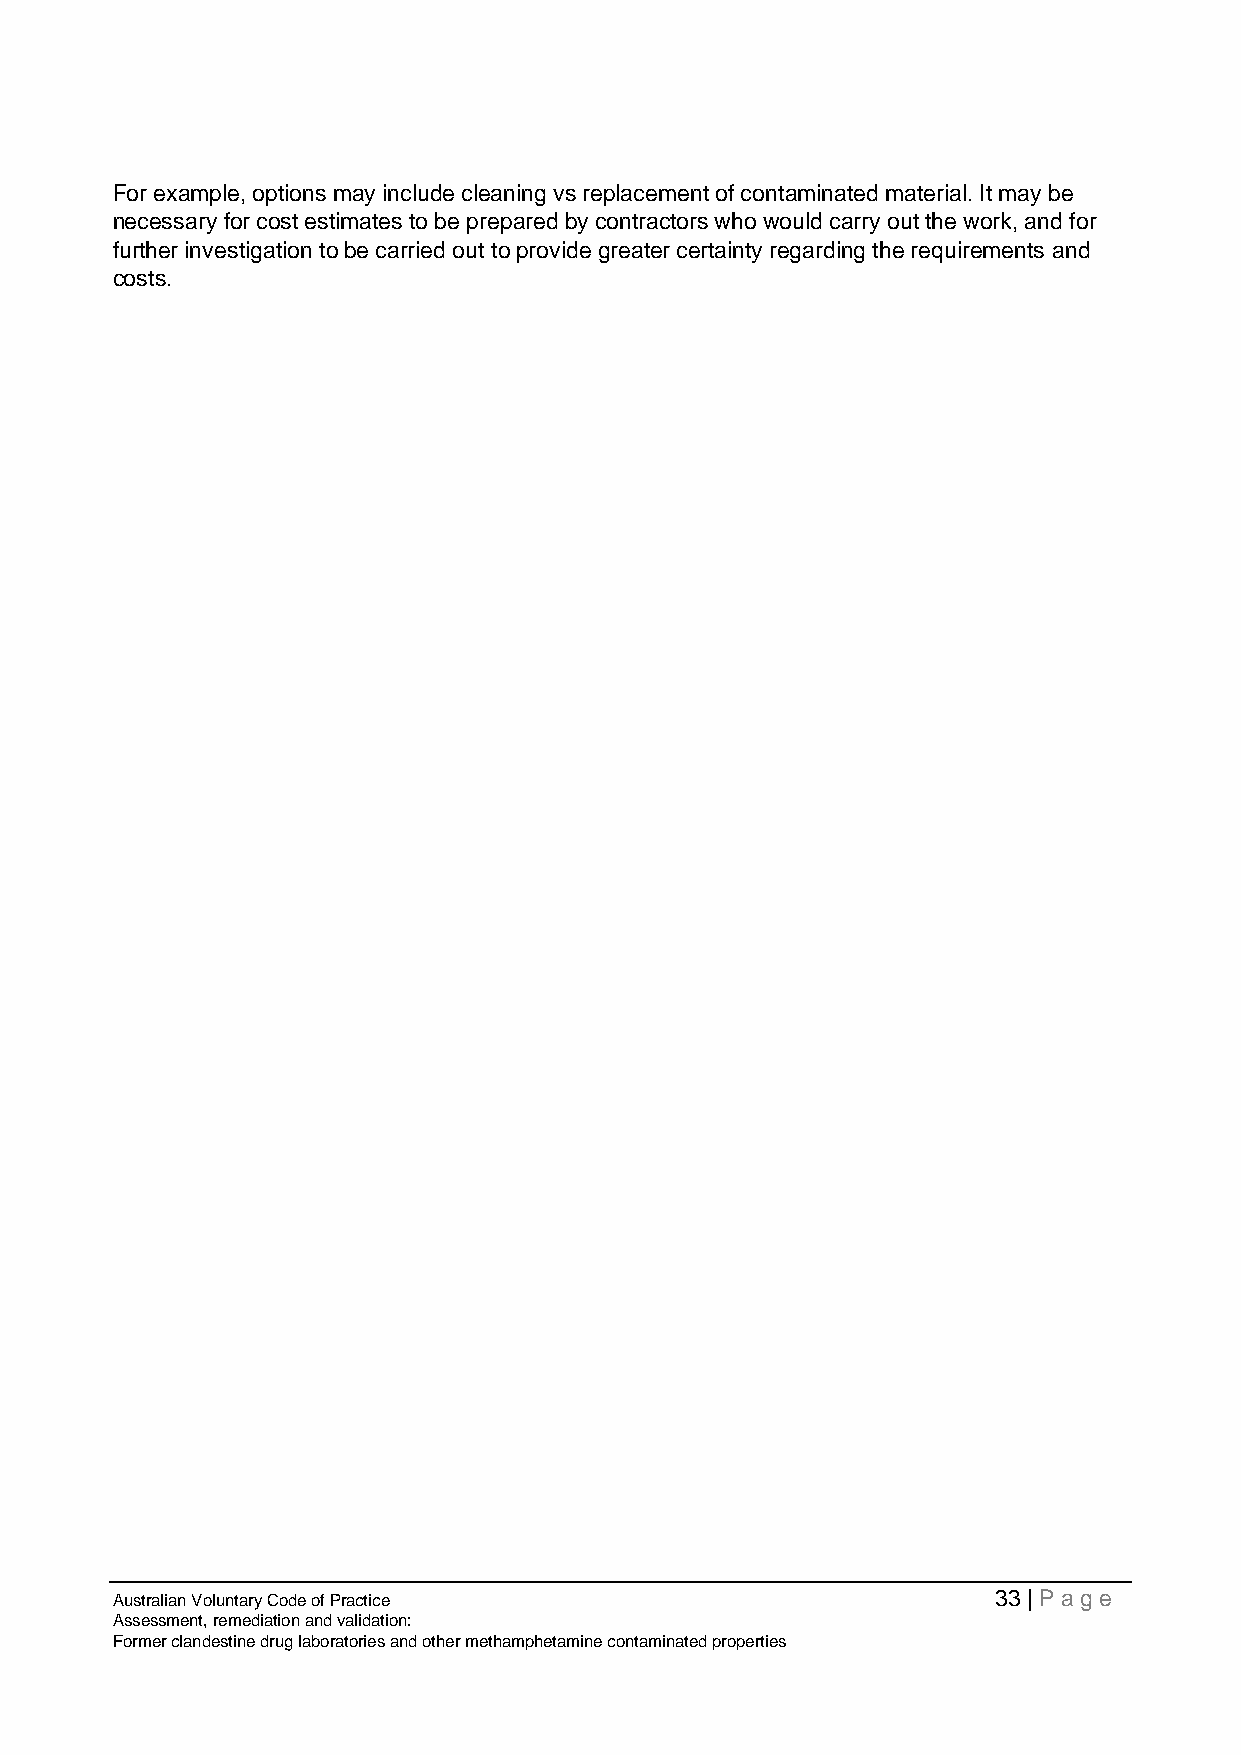
For example, options may include cleaning vs replacement of contaminated material. It may be
 necessary for cost estimates to be prepared by contractors who would carry out the work, and for
 further investigation to be carried out to provide greater certainty regarding the requirements and
 costs.
 Australian Voluntary Code of Practice                      33 | Page
 Assessment, remediation and validation:
 Former clandestine drug laboratories and other methamphetamine contaminated properties